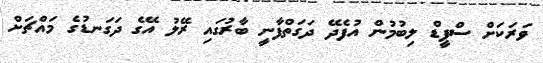
ވަރަކަށް ސްޕީޑް ލިބުމުން އުފެދޭ ދަގަތްފާނީ ބާރުގައި ރޭލު އޭގެ ދަގަނޑުގެ މައްޗަށް